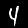
Label: 4